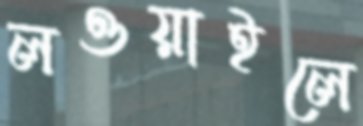
লওয়াইলে